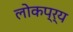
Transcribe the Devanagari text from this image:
लोकप्र्य